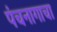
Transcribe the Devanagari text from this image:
पंचनागाचा